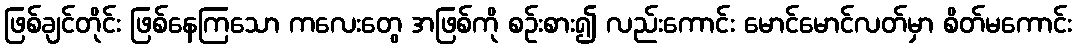
ဖြစ်ချင်တိုင်း ဖြစ်နေကြသော ကလေးတွေ အဖြစ်ကို စဉ်းစား၍ လည်းကောင်း မောင်မောင်လတ်မှာ စိတ်မကောင်း